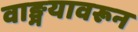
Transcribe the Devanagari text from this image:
वाङ्मयावरून